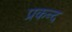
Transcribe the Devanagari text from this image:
प्रकन्द